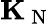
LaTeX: {\mathbf K}_{\mathrm{~N~}}